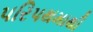
પરિપથમાથી